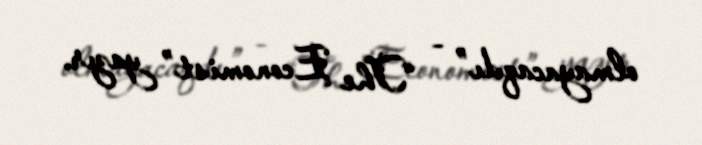
olmayacaqdı” - “The Economist” yazır.